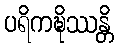
ပရိကဍ္ဎိဿန္တိ